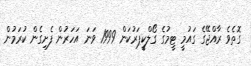
ގޮތެވެ ރާއްޖޭގެ ގައުމީ ޓީމުގެ ގޯލްކީޕަރުކަން 1999 ވަނަ އަހަރުން ފެށިގެން ކުރަމުން